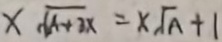
x \sqrt { A + 3 x } = x \sqrt { A } + 1